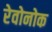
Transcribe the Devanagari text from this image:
रेवोनोक